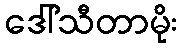
ဒေါ်သီတာမိုး